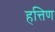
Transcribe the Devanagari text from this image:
हत्तिण